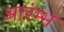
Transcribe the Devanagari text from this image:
आरंम्भ